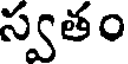
స్వతం